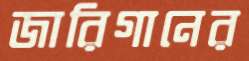
জারিগানের